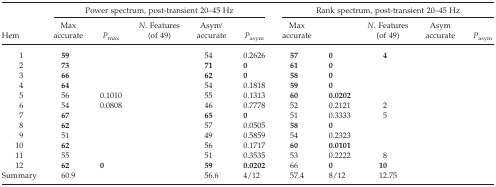
<table><thead><tr><td>[EMPTY_CELL]</td><td colspan="5"><b>Power spectrum, post-transient 20–45 Hz</b></td><td colspan="5"><b>Rank spectrum, post-transient 20–45 Hz</b></td></tr><tr><td><b>Hem</b></td><td><b>Max accurate</b></td><td><b><i>P</i><sub>max</sub></b></td><td><b><i>N</i>. Features (of 49)</b></td><td><b>Asym′ accurate</b></td><td><b><i>P</i><sub>asym</sub></b></td><td><b>Max accurate</b></td><td>[EMPTY_CELL]</td><td><b><i>N</i>. Features (of 49)</b></td><td><b>Asym accurate</b></td><td><b><i>P</i><sub>asym</sub></b></td></tr></thead><tbody><tr><td> 1</td><td><b>59</b></td><td>[EMPTY_CELL]</td><td>[EMPTY_CELL]</td><td>54</td><td>0.2626</td><td><b>57</b></td><td><b>0</b></td><td><b>4</b></td><td>[EMPTY_CELL]</td><td>[EMPTY_CELL]</td></tr><tr><td> 2</td><td><b>73</b></td><td>[EMPTY_CELL]</td><td>[EMPTY_CELL]</td><td><b>71</b></td><td><b>0</b></td><td><b>61</b></td><td><b>0</b></td><td>[EMPTY_CELL]</td><td>[EMPTY_CELL]</td><td>[EMPTY_CELL]</td></tr><tr><td> 3</td><td><b>66</b></td><td>[EMPTY_CELL]</td><td>[EMPTY_CELL]</td><td><b>62</b></td><td><b>0</b></td><td><b>58</b></td><td><b>0</b></td><td>[EMPTY_CELL]</td><td>[EMPTY_CELL]</td><td>[EMPTY_CELL]</td></tr><tr><td> 4</td><td><b>64</b></td><td>[EMPTY_CELL]</td><td>[EMPTY_CELL]</td><td>54</td><td>0.1818</td><td><b>59</b></td><td><b>0</b></td><td>[EMPTY_CELL]</td><td>[EMPTY_CELL]</td><td>[EMPTY_CELL]</td></tr><tr><td> 5</td><td>56</td><td>0.1010</td><td>[EMPTY_CELL]</td><td>55</td><td>0.1313</td><td><b>60</b></td><td><b>0.0202</b></td><td>[EMPTY_CELL]</td><td>[EMPTY_CELL]</td><td>[EMPTY_CELL]</td></tr><tr><td> 6</td><td>54</td><td>0.0808</td><td>[EMPTY_CELL]</td><td>46</td><td>0.7778</td><td>52</td><td>0.2121</td><td>2</td><td>[EMPTY_CELL]</td><td>[EMPTY_CELL]</td></tr><tr><td> 7</td><td><b>67</b></td><td>[EMPTY_CELL]</td><td>[EMPTY_CELL]</td><td><b>65</b></td><td><b>0</b></td><td>51</td><td>0.3333</td><td>5</td><td>[EMPTY_CELL]</td><td>[EMPTY_CELL]</td></tr><tr><td> 8</td><td><b>62</b></td><td>[EMPTY_CELL]</td><td>[EMPTY_CELL]</td><td>57</td><td>0.0505</td><td><b>58</b></td><td><b>0</b></td><td>[EMPTY_CELL]</td><td>[EMPTY_CELL]</td><td>[EMPTY_CELL]</td></tr><tr><td> 9</td><td>51</td><td>[EMPTY_CELL]</td><td>[EMPTY_CELL]</td><td>49</td><td>0.5859</td><td>54</td><td>0.2323</td><td>[EMPTY_CELL]</td><td>[EMPTY_CELL]</td><td>[EMPTY_CELL]</td></tr><tr><td> 10</td><td><b>62</b></td><td>[EMPTY_CELL]</td><td>[EMPTY_CELL]</td><td>56</td><td>0.1717</td><td><b>60</b></td><td><b>0.0101</b></td><td>[EMPTY_CELL]</td><td>[EMPTY_CELL]</td><td>[EMPTY_CELL]</td></tr><tr><td> 11</td><td>55</td><td>[EMPTY_CELL]</td><td>[EMPTY_CELL]</td><td>51</td><td>0.3535</td><td>53</td><td>0.2222</td><td>8</td><td>[EMPTY_CELL]</td><td>[EMPTY_CELL]</td></tr><tr><td> 12</td><td><b>62</b></td><td><b>0</b></td><td>[EMPTY_CELL]</td><td><b>59</b></td><td><b>0.0202</b></td><td>66</td><td><b>0</b></td><td><b>10</b></td><td>[EMPTY_CELL]</td><td>[EMPTY_CELL]</td></tr><tr><td>Summary</td><td>60.9</td><td>[EMPTY_CELL]</td><td>[EMPTY_CELL]</td><td>56.6</td><td>4/12</td><td>57.4</td><td>8/12</td><td>12.75</td><td>[EMPTY_CELL]</td><td>[EMPTY_CELL]</td></tr></tbody></table>